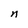
Character: n